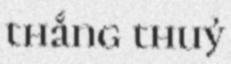
thắng thuỷ